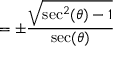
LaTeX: = \pm { \frac { \sqrt { \sec ^ { 2 } ( \theta ) - 1 } } { \sec ( \theta ) } }